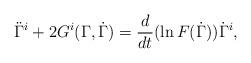
LaTeX: \begin{align*}\ddot{\Gamma}^i+2G^i(\Gamma,\dot{\Gamma})=\frac{d}{dt}(\ln F(\dot{\Gamma}))\dot{\Gamma}^i,\end{align*}